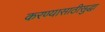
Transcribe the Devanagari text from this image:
करण्यासाठीसुद्धा